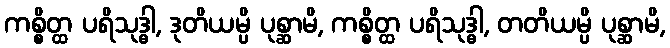
ကစ္စိတ္ထ ပရိသုဒ္ဓါ, ဒုတိယမ္ပိ ပုစ္ဆာမိ, ကစ္စိတ္ထ ပရိသုဒ္ဓါ, တတိယမ္ပိ ပုစ္ဆာမိ,